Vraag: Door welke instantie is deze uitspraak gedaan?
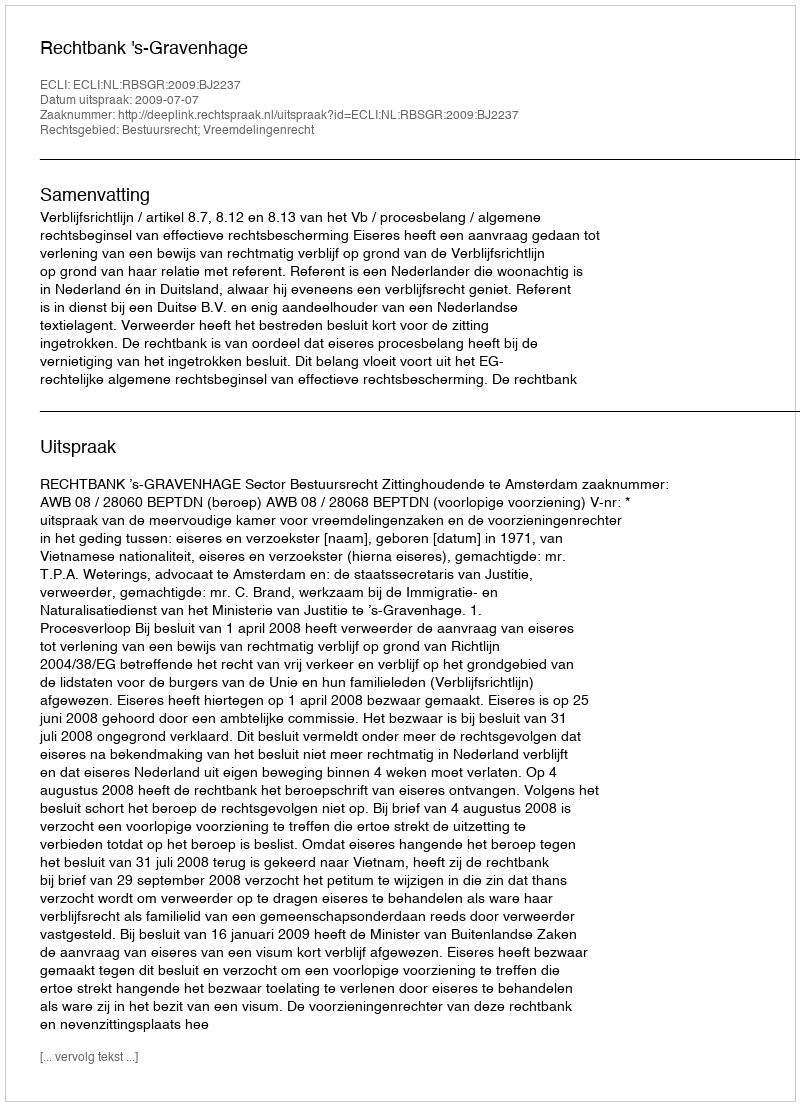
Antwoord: Rechtbank 's-Gravenhage